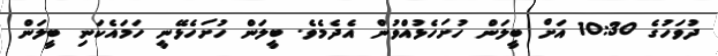
ދުވަހުގެ 10:30 އަށް ބީލަން ހުށަހެޅުއްވުން އެދެމެވެ. ބީލަން ހުށަހެޅޭނީ ހަމައެކަނި ބީލަން